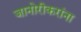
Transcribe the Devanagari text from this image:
जानोरीकरांना